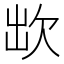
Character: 欪